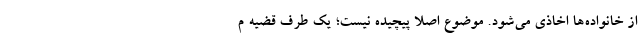
از خانواده‌ها اخاذی می‌شود. موضوع اصلا پیچیده نیست؛ یک طرف قضیه م